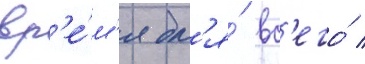
вр'е́м'я дл'я́ вс'его́ /